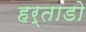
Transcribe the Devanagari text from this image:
हर्ताडो